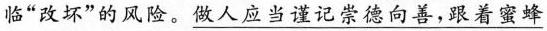
临“改坏”的风险。\underline{做人应当谨记崇德向善，跟着蜜蜂}